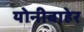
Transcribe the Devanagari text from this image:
योनीबाहेर